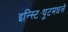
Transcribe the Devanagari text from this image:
इन्स्टिट्यूटमधले